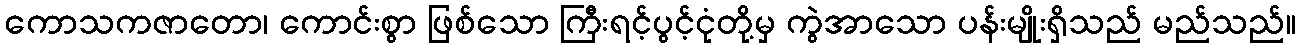
ကောသကဇာတော၊ ကောင်းစွာ ဖြစ်သော ကြီးရင့်ပွင့်ငုံတို့မှ ကွဲအာသော ပန်းမျိုးရှိသည် မည်သည်။